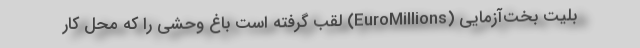
بلیت بخت‌آزمایی (EuroMillions) لقب گرفته است باغ وحشی را که محل کار